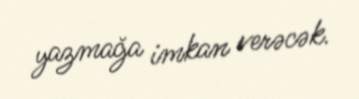
yazmağa imkan verəcək.